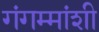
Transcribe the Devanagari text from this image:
गंगम्मांशी